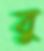
বু